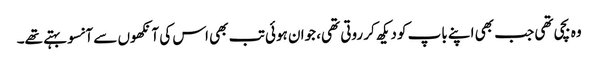
وہ بچی تھی جب بھی اپنے باپ کو دیکھ کر روتی تھی، جوان ہوئی تب بھی اس کی آنکھوں سے آنسو بہتے تھے۔